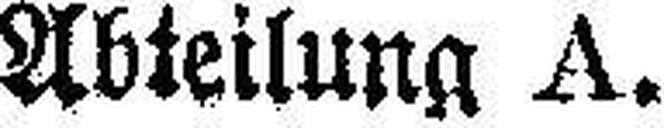
Abteilung A.